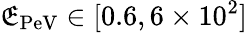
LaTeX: \mathfrak{E}_{\mathrm{{PeV}}}\in[0.6,6\times10^{2}]